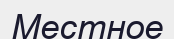
Местное